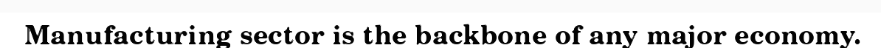
Manufacturing sector is the backbone of any major economy.